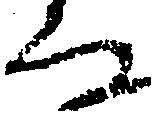
な